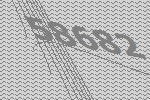
58682